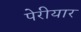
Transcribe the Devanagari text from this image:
पेरीयार